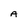
Character: A